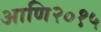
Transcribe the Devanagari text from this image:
आणि२०१५